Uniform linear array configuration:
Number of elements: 16
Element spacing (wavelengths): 0.75
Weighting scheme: uniform
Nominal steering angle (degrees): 30
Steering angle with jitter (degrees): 29.958
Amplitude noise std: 0.05
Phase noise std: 0.05

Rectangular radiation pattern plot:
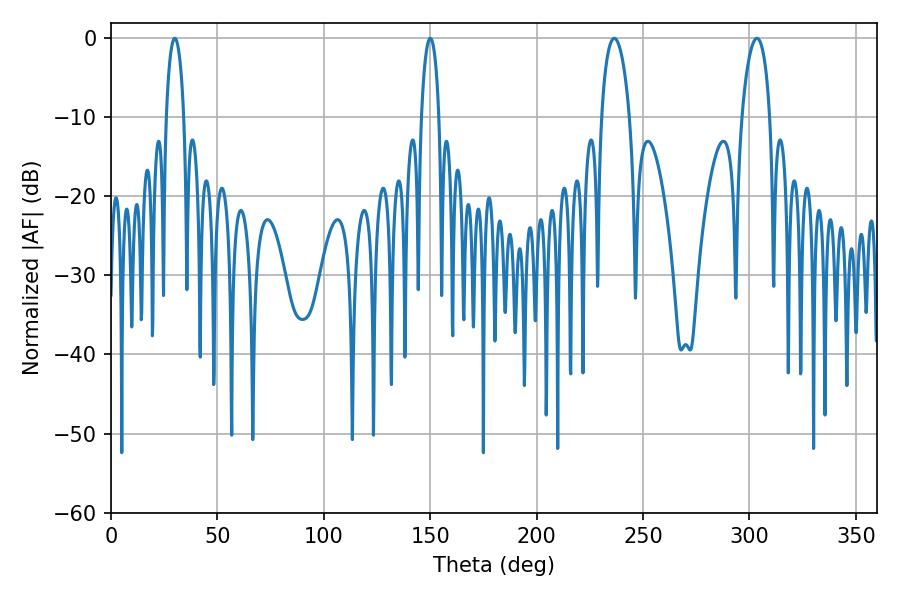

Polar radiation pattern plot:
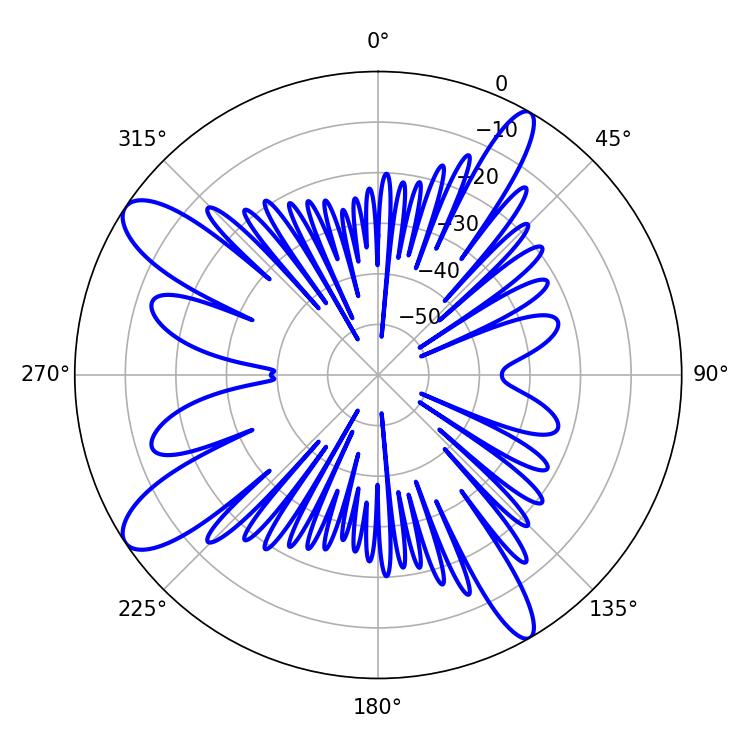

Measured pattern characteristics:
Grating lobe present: TRUE
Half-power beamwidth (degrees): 7.56
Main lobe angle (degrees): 236.52